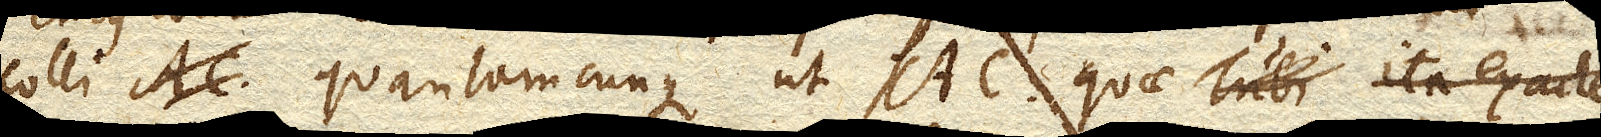
colli quantamcunque ut AC. quae Tubi ita exacte